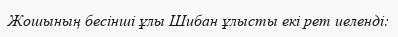
Жошының бесінші ұлы Шибан ұлысты екі рет иеленді: